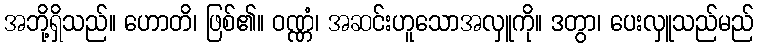
အဘို့ရှိသည်။ ဟောတိ၊ ဖြစ်၏။ ဝဏ္ဏံ၊ အဆင်းဟူသောအလှူကို။ ဒတွာ၊ ပေးလှူသည်မည်